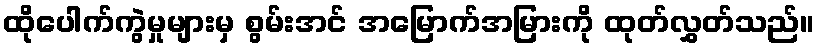
ထိုပေါက်ကွဲမှုများမှ စွမ်းအင် အမြောက်အမြားကို ထုတ်လွှတ်သည်။